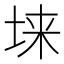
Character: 𱖬